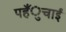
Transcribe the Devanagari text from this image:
पहँुचाई